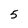
Character: 5